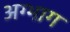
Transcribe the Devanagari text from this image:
अग्भाग